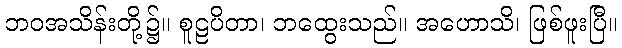
ဘဝအသိန်းတို့၌။ စူဠပိတာ၊ ဘထွေးသည်။ အဟောသိ၊ ဖြစ်ဖူးပြီ။